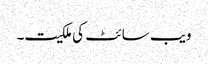
ویب سائٹ کی ملکیت۔